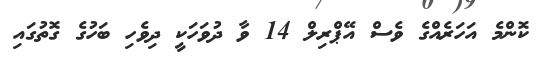
ކޮންމެ އަހަރެއްގެ ވެސް އޭޕްރިލް 14 ވާ ދުވަހަކީ ދިވެހި ބަހުގެ ގޮތުގައި